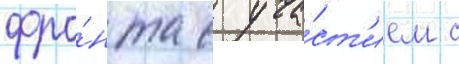
фро́нта с уча́ст'ием с